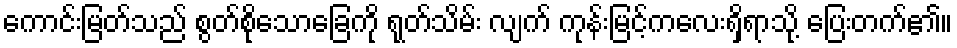
ကောင်းမြတ်သည် စွတ်စိုသောခြေကို ရုတ်သိမ်း လျက် ကုန်းမြင့်ကလေးရှိရာသို့ ပြေးတက်၏။